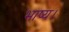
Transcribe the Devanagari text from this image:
भाष्य।